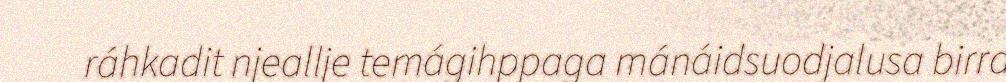
ráhkadit njeallje temágihppaga mánáidsuodjalusa birra